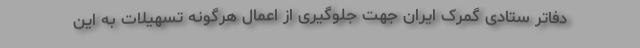
دفاتر ستادی گمرک ایران جهت جلوگیری از اعمال هرگونه تسهیلات به این